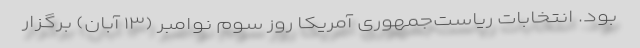
بود. انتخابات ریاست‌جمهوری آمریکا روز سوم نوامبر (۱۳ آبان) برگزار